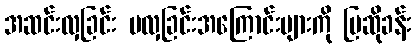
အဆင်းလှခြင်း မလှခြင်းအကြောင်းများကို ပြဆိုခန်း